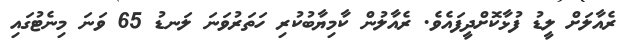
ރެއާލަށް ލީޑު ފުޅާކޮށްދީފައެވެ. ރެއާލުން ކާމިޔާބުކުރި ހަތަރުވަނަ ލަނޑު 65 ވަނަ މިނެޓުގައި